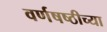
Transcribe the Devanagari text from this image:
वर्णषष्ठीच्या